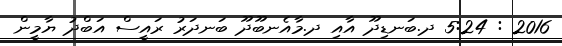
2016 : 5:24 ދ.ބަނޑިދޫ އާއި ދ.މާއެނބޫދޫ ބަނދަރު ރައީސް އަބްދު ޔާމީން